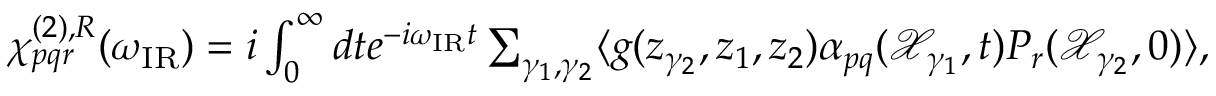
\begin{array} { r } { \chi _ { p q r } ^ { ( 2 ) , R } ( \omega _ { \mathrm { I R } } ) = i \int _ { 0 } ^ { \infty } d t e ^ { - i \omega _ { \mathrm { I R } } t } \sum _ { \gamma _ { 1 } , \gamma _ { 2 } } \langle g ( z _ { \gamma _ { 2 } } , z _ { 1 } , z _ { 2 } ) \alpha _ { p q } ( \mathcal { X } _ { \gamma _ { 1 } } , t ) P _ { r } ( \mathcal { X } _ { \gamma _ { 2 } } , 0 ) \rangle , } \end{array}